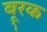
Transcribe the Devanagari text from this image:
बू्रक